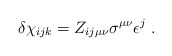
\begin{align*}\delta\chi_{ijk} = Z_{ij\mu\nu}\sigma^{\mu\nu}\epsilon^j \ .\end{align*}